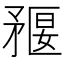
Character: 𥍻